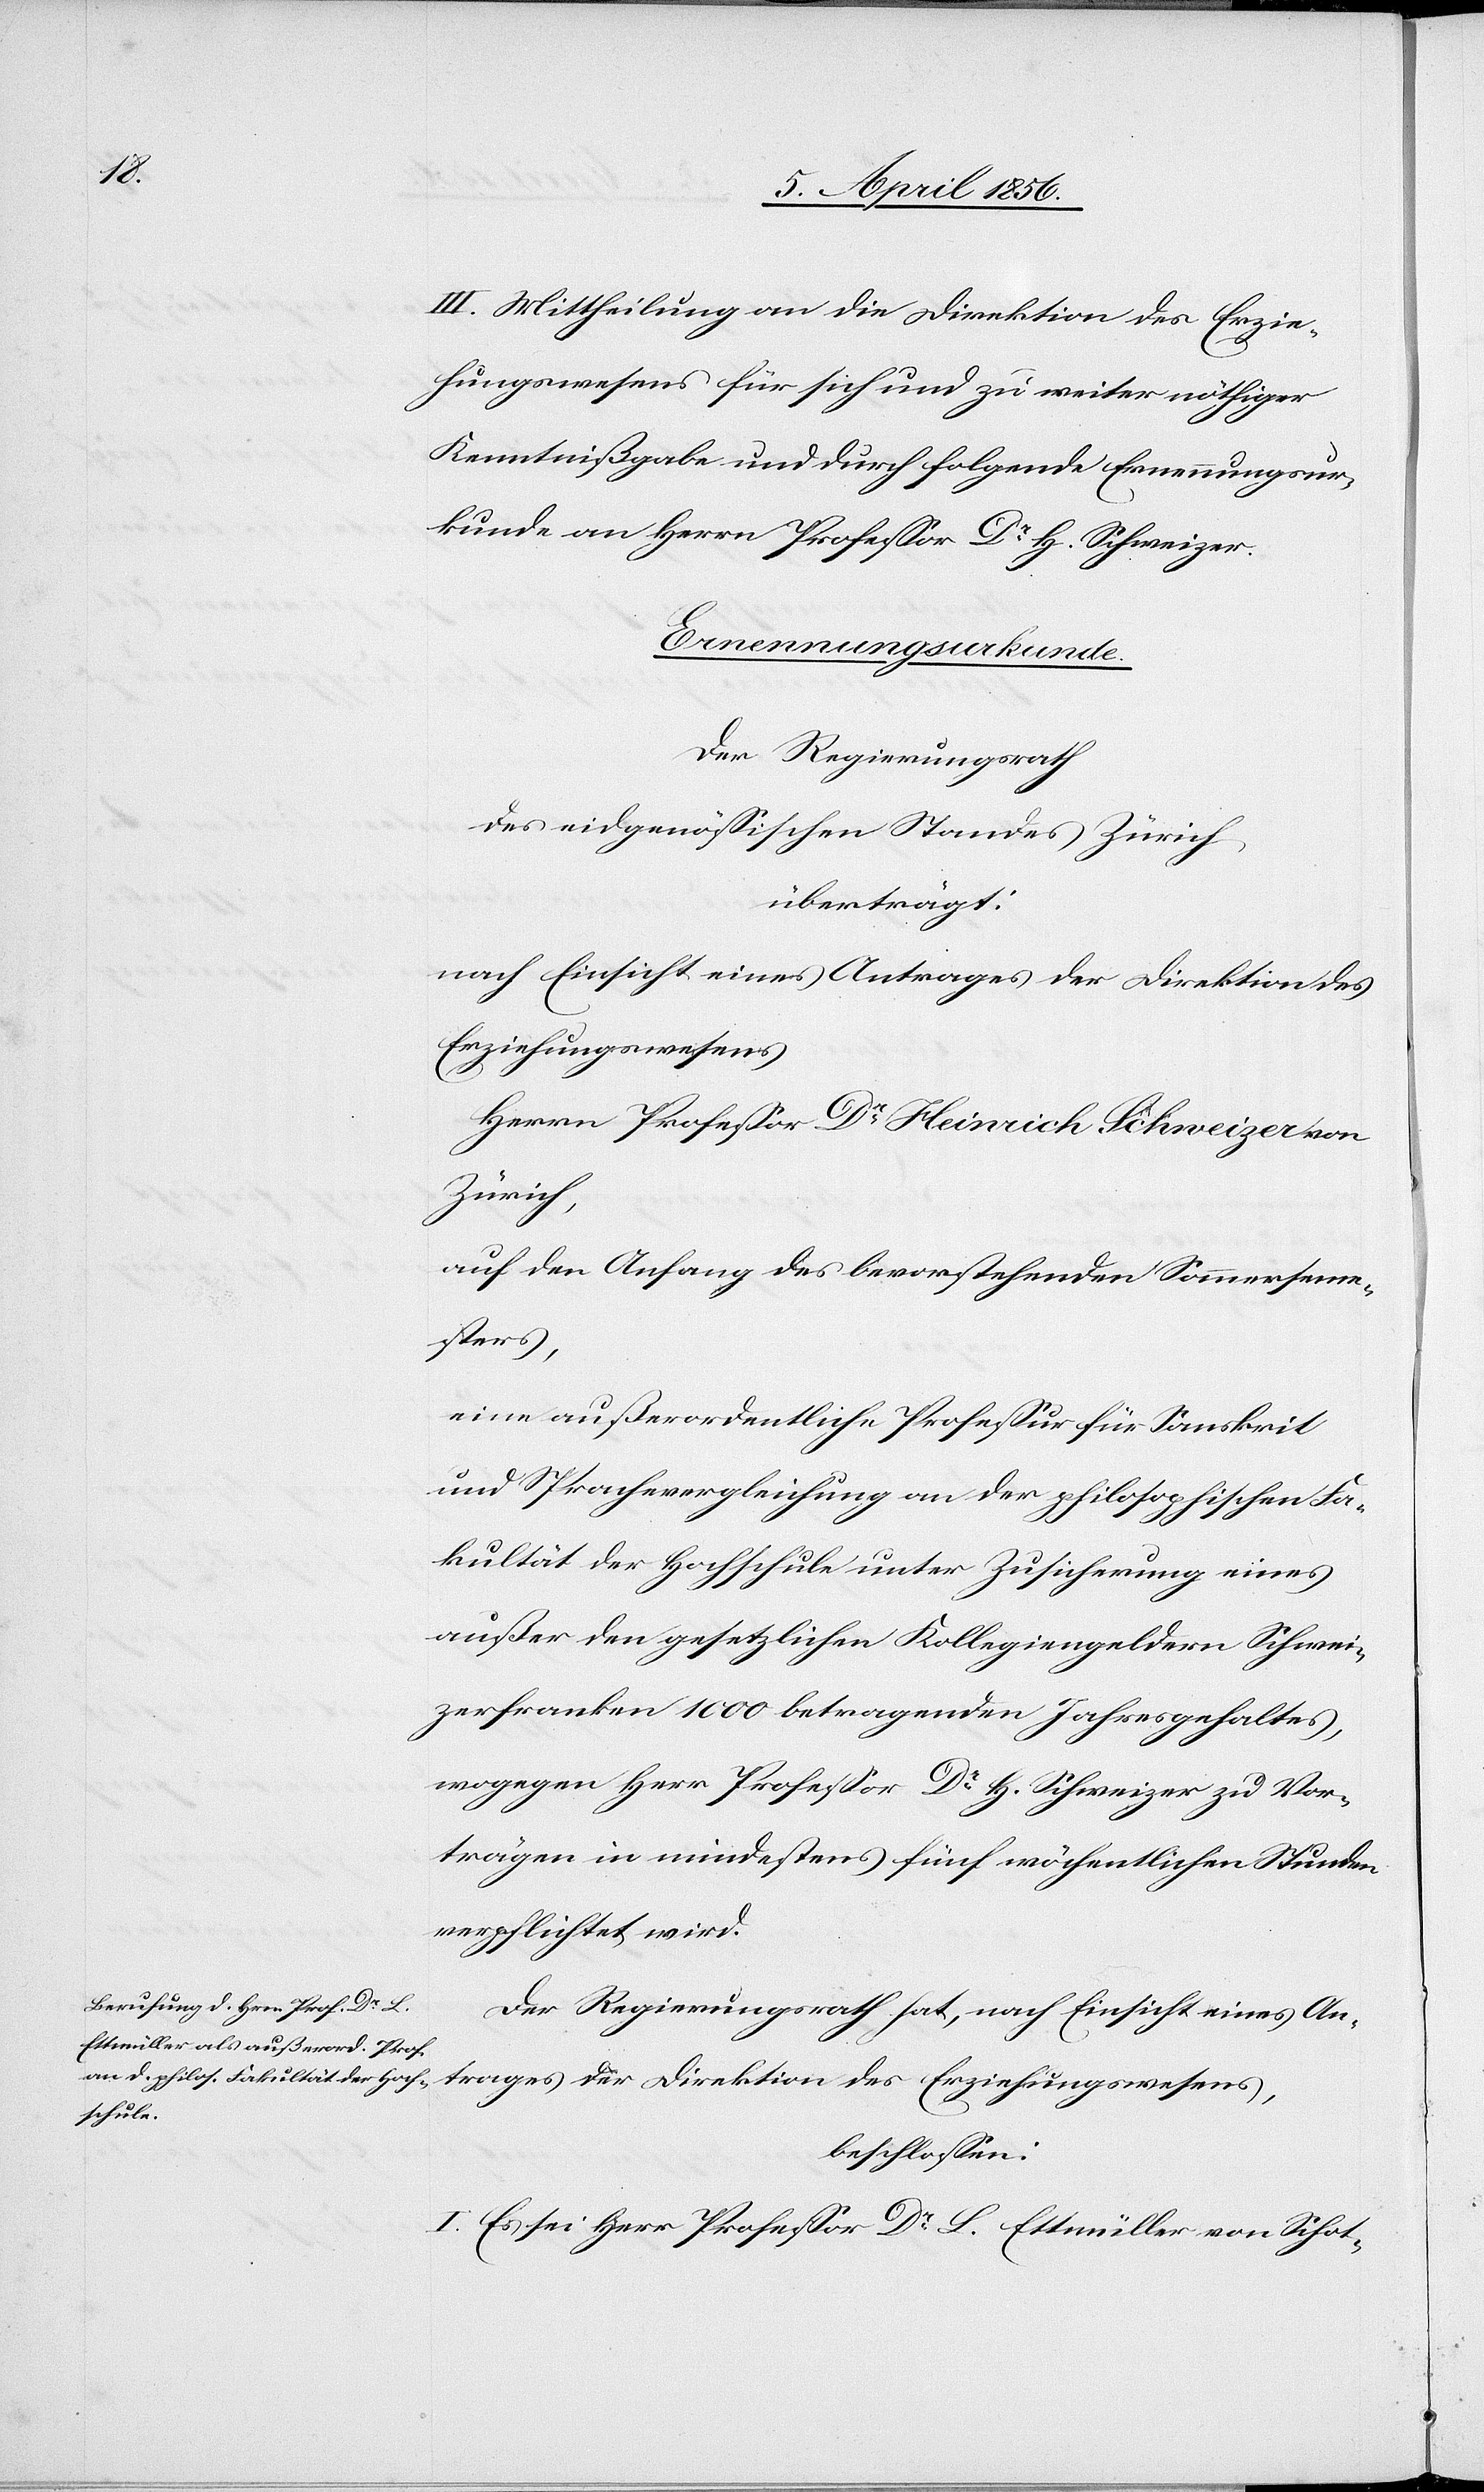
III. Mittheilung an die Direktion des Erzie¬
hungswesens für sich und zu weiter nöthiger
Kenntnißgabe und durch folgende Ernennungsur¬
kunde an Herrn Professor Dr H. Schweizer.
Ernennungsurkunde.
Der Regierungsrath
des eidgenössischen Standes Zürich
überträgt:
nach Einsicht eines Antrages der Direktion des
Erziehungswesens
Herrn Professor Dr Heinrich Schweizer von
Zürich,
auf den Anfang des bevorstehenden Sommerseme¬
sters,
eine außerordentliche Professur für Sanskrit
und Sprachevergleichung an der philosophischen Fa¬
kultät der Hochschule unter Zusicherung eines
außer den gesetzlichen Kollegiengeldern Schwei¬
zerfranken 1000 betragenden Jahresgehaltes,
wogegen Herr Professor Dr H. Schweizer zu Vor¬
trägen in mindestens fünf wöchentlichen Stunden
verpflichtet wird.
Der Regierungsrath hat, nach Einsicht eines An¬
trages der Direktion des Erziehungswesens,
beschlossen:
I. Es sei Herr Professor Dr L. Ettmüller von Schot-